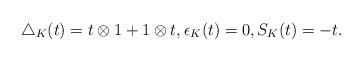
LaTeX: \begin{align*} \triangle_{K}(t)=t\otimes 1+1\otimes t, \epsilon _{K}(t)=0 , S _{K}(t)=-t.\end{align*}